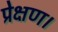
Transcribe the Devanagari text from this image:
प्रेक्षण।